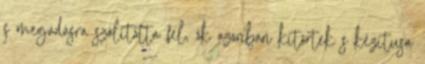
s megadásra szólította fel, ők azonban kitörtek s kézitusa